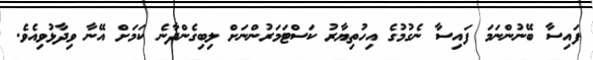
ފައިސާ ބޭނުންނަމަ ފައިސާ ނެގުމުގެ އިހުތިޔާރު ކަސްޓަމަރުންނަށް ލިބިގެންދާނެ ކަމަށް އޭނާ ވިދާޅުވިއެވެ.